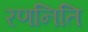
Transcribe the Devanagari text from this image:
रणनिति